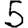
Digit: 5